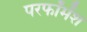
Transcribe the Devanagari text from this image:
परफॉमेंश